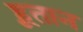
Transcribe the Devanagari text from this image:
हूतान